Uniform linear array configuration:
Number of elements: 32
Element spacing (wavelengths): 0.5
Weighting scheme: kaiser
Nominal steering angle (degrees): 15
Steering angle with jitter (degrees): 14.101
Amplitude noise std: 0.05
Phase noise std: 0.05

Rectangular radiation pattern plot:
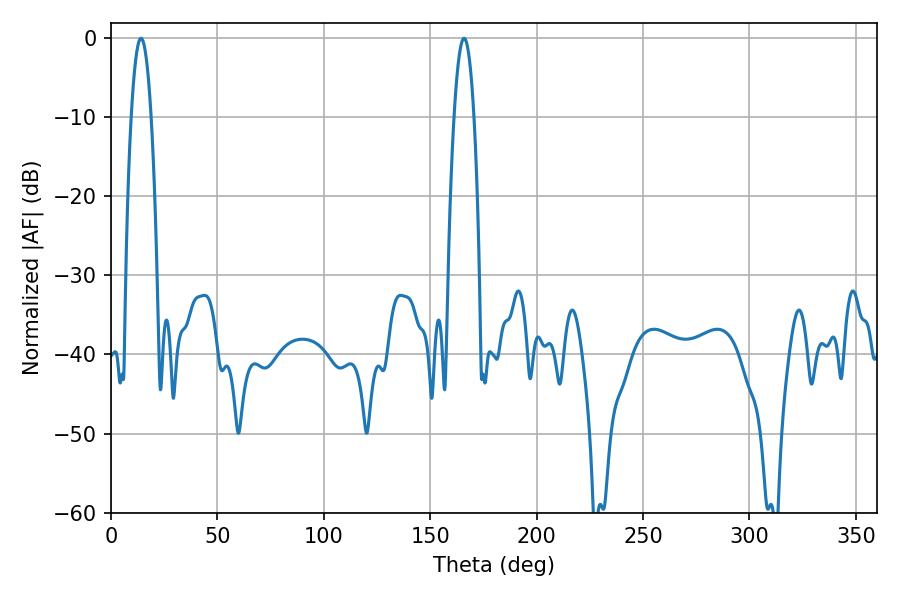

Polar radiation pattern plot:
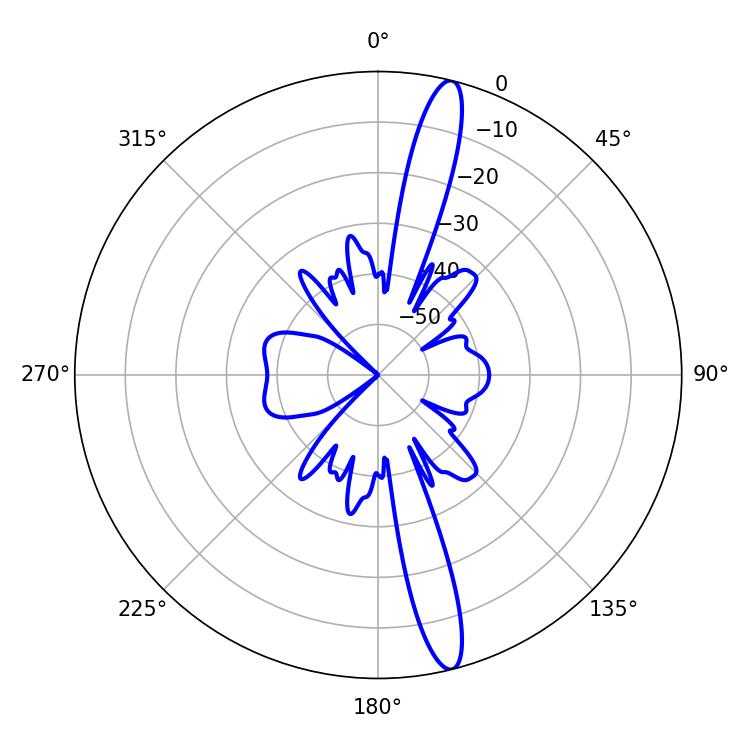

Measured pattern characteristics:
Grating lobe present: FALSE
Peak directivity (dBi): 16.243
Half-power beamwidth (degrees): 5.22
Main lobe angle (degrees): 14.04